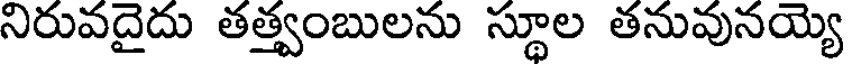
నిరువదైదు తత్త్వంబులను స్థూల తనువునయ్యె